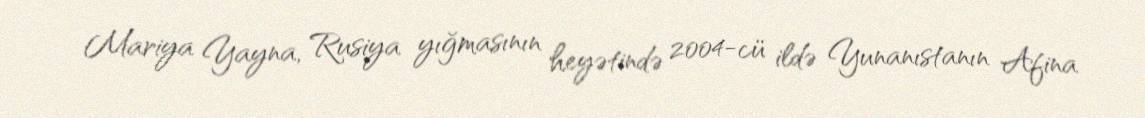
Mariya Yayna, Rusiya yığmasının heyətində 2004-cü ildə Yunanıstanın Afina